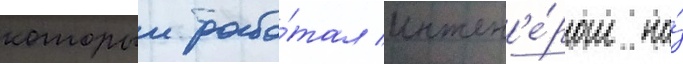
которыи рабо́тал инжен'е́ром на́